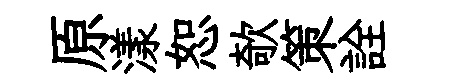
原漾恕欹策詮